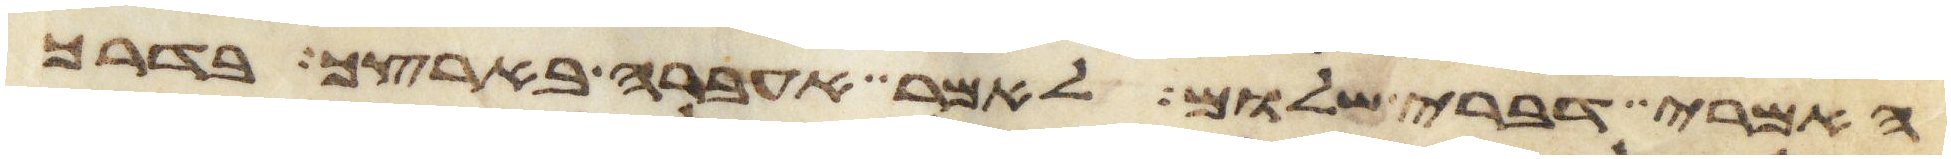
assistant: האמרי דברי שלום לאמר אעברה בארצך בדרך